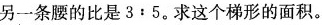
另一条腰的比是3﹔5。求这个梯形的面积。